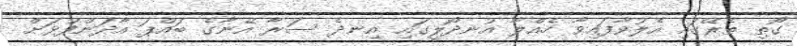
ގޯތި ތެރޭގައި އެލުވާފައިވާ ހެއްލާ އުނދޯލީގައި އިނދެ ސަރާ އޭނާގެ ބައްޕަ އާދަންފުޅަށް